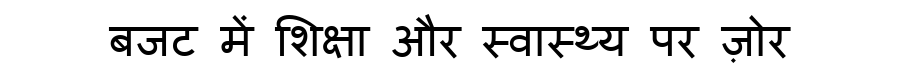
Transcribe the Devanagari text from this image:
बजट में शिक्षा और स्वास्थ्य पर ज़ोर